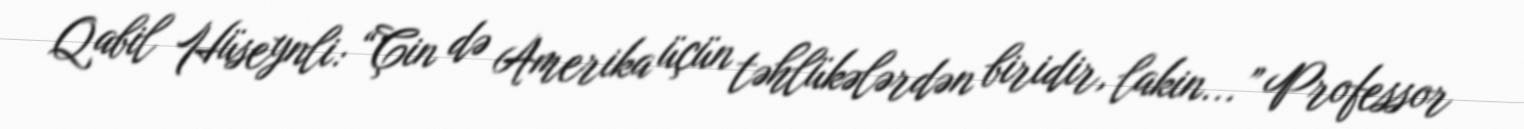
Qabil Hüseynli: “Çin də Amerika üçün təhlükələrdən biridir, lakin...” Professor